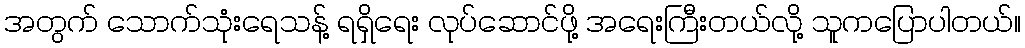
အတွက် သောက်သုံးရေသန့် ရရှိရေး လုပ်ဆောင်ဖို့ အရေးကြီးတယ်လို့ သူကပြောပါတယ်။